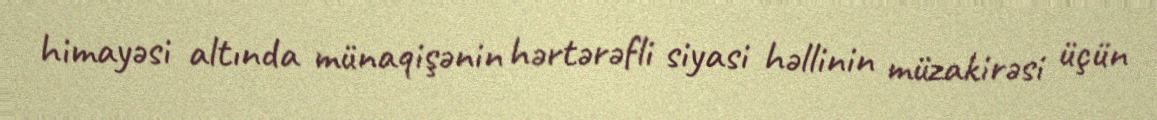
himayəsi altında münaqişənin hərtərəfli siyasi həllinin müzakirəsi üçün